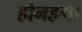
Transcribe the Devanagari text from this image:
होनहगा